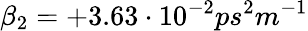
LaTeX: \beta_{2}=+3.63\cdot 10^{-2}ps^{2}m^{-1}